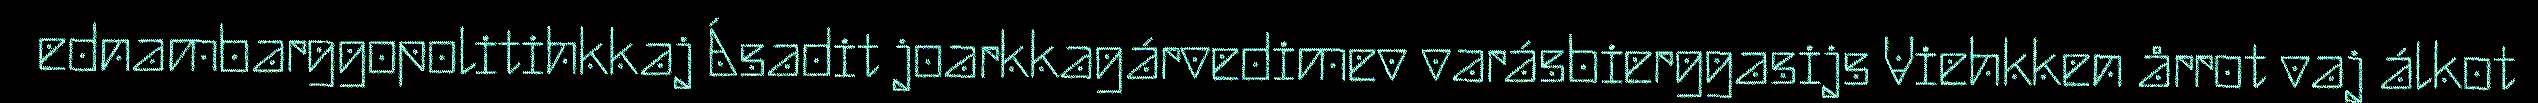
ednambarggopolitihkkaj Ásadit joarkkagárvedimev varásbierggasijs Viehkken årrot vaj álkot